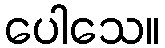
ပေါသေ။